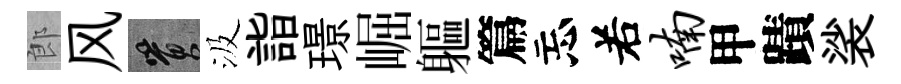
郎风篔汲詣璟崛軀篇忘𠰥喃甲蹟裟